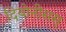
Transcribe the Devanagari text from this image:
दियोनीसस्